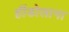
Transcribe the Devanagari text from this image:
हींडोलाना